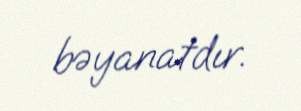
bəyanatdır.